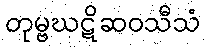
တုမ္ဗဃဋိဆဝသီသံ